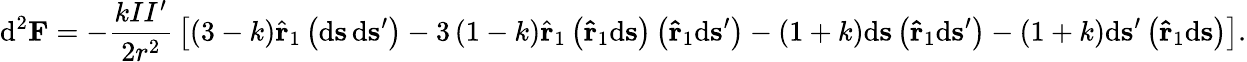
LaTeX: \mathrm{d}^{2}\mathbf{{F}}=-{\frac{{kII^{\prime}}}{{2r^{2}}}}\left[\left(3-k\right){\hat{{\mathbf{{r}}}}}_{1}\left(\mathrm{d}\mathbf{{s}}\, \mathrm{d}\mathbf{{s}}^{\prime}\right)-3\left(1-k\right){\hat{{\mathbf{{r}}}}}_{1}\left(\mathbf{{\hat{{r}}}}_{1}\mathrm{d}\mathbf{{s}}\right)\left(\mathbf{{\hat{{r}}}}_{1}\mathrm{d}\mathbf{{s}}^{\prime}\right)-\left(1+k\right)\mathrm{d}\mathbf{{s}}\left(\mathbf{{\hat{{r}}}}_{1}\mathrm{d}\mathbf{{s}}^{\prime}\right)-\left(1+k\right)\mathrm{d}\mathbf{{s}}^{\prime}\left(\mathbf{{\hat{{r}}}}_{1}\mathrm{d}\mathbf{{s}}\right)\right].